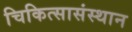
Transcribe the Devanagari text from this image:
चिकित्सासंस्थान